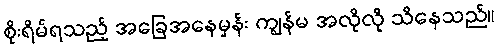
စိုးရိမ်ရသည့် အခြေအနေမှန်း ကျွန်မ အလိုလို သိနေသည်။